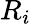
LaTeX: R_{i}